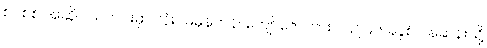
စင်စစ် အဆိုပါသတင်းမှာ လုံးဝမမှန်ကန်၊ ကျော်ဇောကား ၁၉၇၉၆ ခုနှစ် ပန်ဆန်းသို့